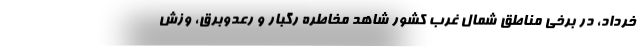
خرداد، در برخی مناطق شمال غرب کشور شاهد مخاطره رگبار و رعدوبرق، وزش